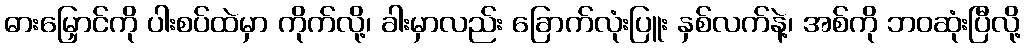
ဓားမြှောင်ကို ပါးစပ်ထဲမှာ ကိုက်လို့၊ ခါးမှာလည်း ခြောက်လုံးပြူး နှစ်လက်နဲ့၊ အစ်ကို ဘဝဆုံးပြီလို့